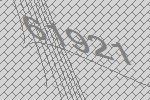
61921